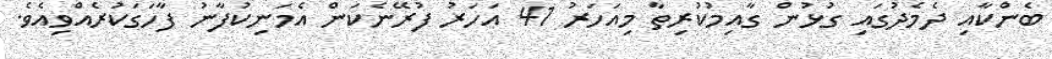
ބެންކާއި ދެމެދުގައި ގުޅުން ގާއިމުކުރިތާ މިއަހަރު 41 އަހަރު ފުރޭނެކަން އެމަނިކުފާނު ފާހަގަކުރެއްވިއެވެ.